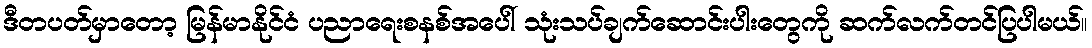
ဒီတပတ်မှာတော့ မြန်မာနိုင်ငံ ပညာရေးစနစ်အပေါ် သုံးသပ်ချက်ဆောင်းပါးတွေကို ဆက်လက်တင်ပြပါမယ်။